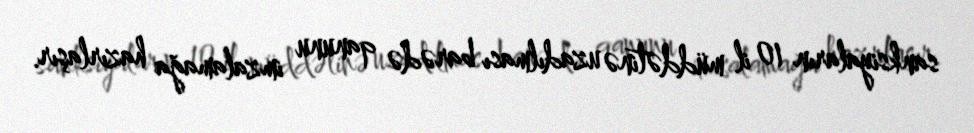
sanksiyaların 10 il müddətinə uzadılması barədə qanunu imzalamağa hazırlaşır.